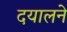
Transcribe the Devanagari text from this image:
दयालने